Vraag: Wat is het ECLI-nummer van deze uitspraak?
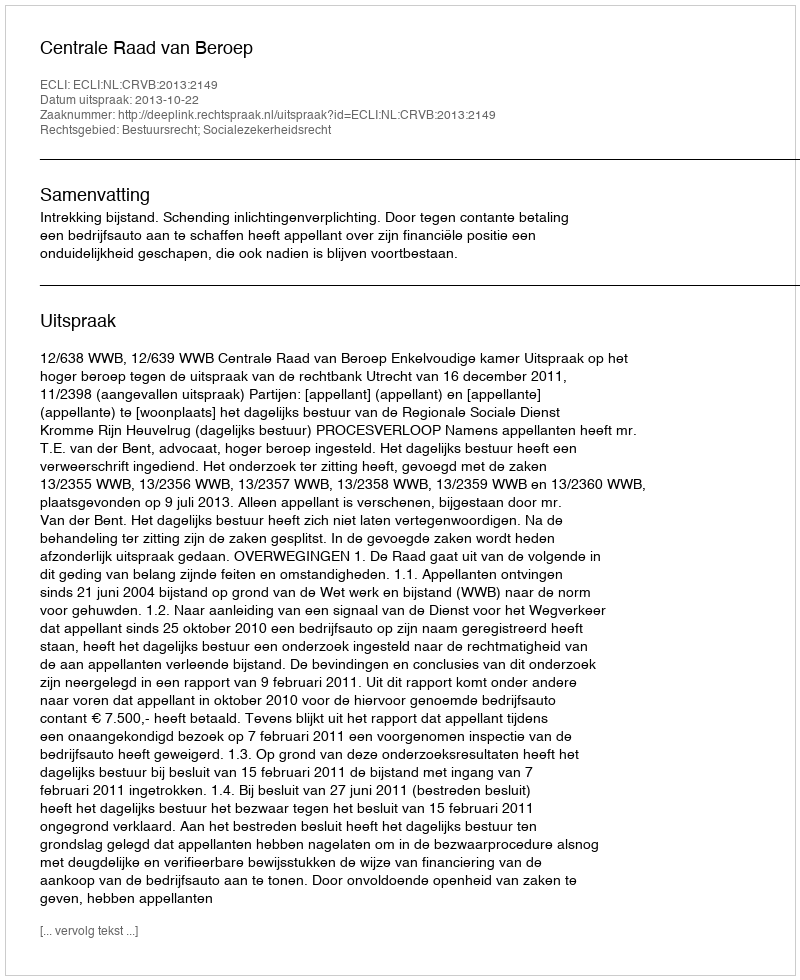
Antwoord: ECLI:NL:CRVB:2013:2149